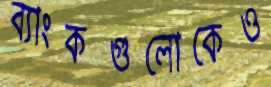
ব্যাংকগুলোকেও